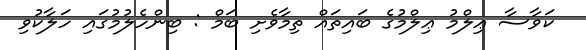
ކަވާސާ ޢިލްމު ޢިލްމުގެ ބައިތައް ތިމާވެށި ބަމް : ބިންހެލުމުގައި ހަލާކުވި